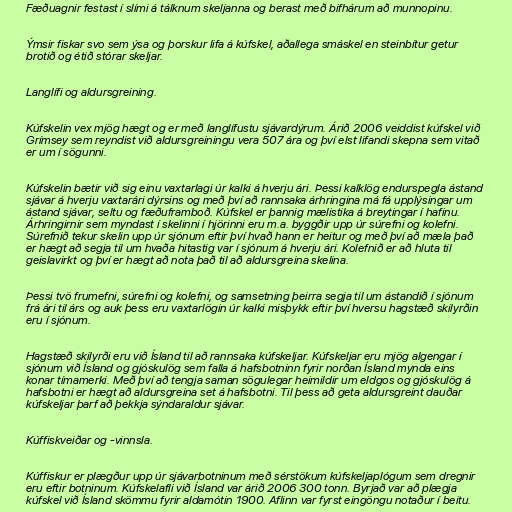
Fæðuagnir festast í slími á tálknum skeljanna og berast með bifhárum að munnopinu.

Ýmsir fiskar svo sem ýsa og þorskur lifa á kúfskel, aðallega smáskel en steinbítur getur
brotið og étið stórar skeljar.

Langlífi og aldursgreining.

Kúfskelin vex mjög hægt og er með langlífustu sjávardýrum. Árið 2006 veiddist kúfskel við
Grímsey sem reyndist við aldursgreiningu vera 507 ára og því elst lifandi skepna sem vitað
er um í sögunni.

Kúfskelin bætir við sig einu vaxtarlagi úr kalki á hverju ári. Þessi kalklög endurspegla ástand
sjávar á hverju vaxtarári dýrsins og með því að rannsaka árhringina má fá upplýsingar um
ástand sjávar, seltu og fæðuframboð. Kúfskel er þannig mælistika á breytingar í hafinu.
Árhringirnir sem myndast í skelinni í hjörinni eru m.a. byggðir upp úr súrefni og kolefni.
Súrefnið tekur skelin upp úr sjónum eftir því hvað hann er heitur og með því að mæla það
er hægt að segja til um hvaða hitastig var í sjónum á hverju ári. Kolefnið er að hluta til
geislavirkt og því er hægt að nota það til að aldursgreina skelina.

Þessi tvö frumefni, súrefni og kolefni, og samsetning þeirra segja til um ástandið í sjónum
frá ári til árs og auk þess eru vaxtarlögin úr kalki misþykk eftir því hversu hagstæð skilyrðin
eru í sjónum.

Hagstæð skilyrði eru við Ísland til að rannsaka kúfskeljar. Kúfskeljar eru mjög algengar í
sjónum við Ísland og gjóskulög sem falla á hafsbotninn fyrir norðan Ísland mynda eins
konar tímamerki. Með því að tengja saman sögulegar heimildir um eldgos og gjóskulög á
hafsbotni er hægt að aldursgreina set á hafsbotni. Til þess að geta aldursgreint dauðar
kúfskeljar þarf að þekkja sýndaraldur sjávar.

Kúffiskveiðar og -vinnsla.

Kúffiskur er plægður upp úr sjávarbotninum með sérstökum kúfskeljaplógum sem dregnir
eru eftir botninum. Kúfskelafli við Ísland var árið 2006 300 tonn. Byrjað var að plægja
kúfskel við Ísland skömmu fyrir aldamótin 1900. Aflinn var fyrst eingöngu notaður í beitu.